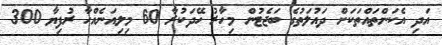
އަދި އެކަންތައްތަކަށް ދައުލަތުގެ ބަޖެޓުން މިހާރު ހޭދަކުރާ 60 މިލިއަނެއްހާ ރުފިޔާ 300